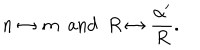
LaTeX: n \leftrightarrow m \, \, \, \mathrm { a n d } \, \, \, R \leftrightarrow \frac { \alpha ^ { \prime } } { R } .